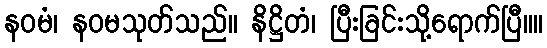
နဝမံ၊ နဝမသုတ်သည်။ နိဋ္ဌိတံ၊ ပြီးခြင်းသို့ရောက်ပြီ။။